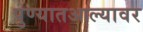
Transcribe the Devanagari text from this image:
पुण्यातआल्यावर